Rongu_vallavalitsus, lk 9
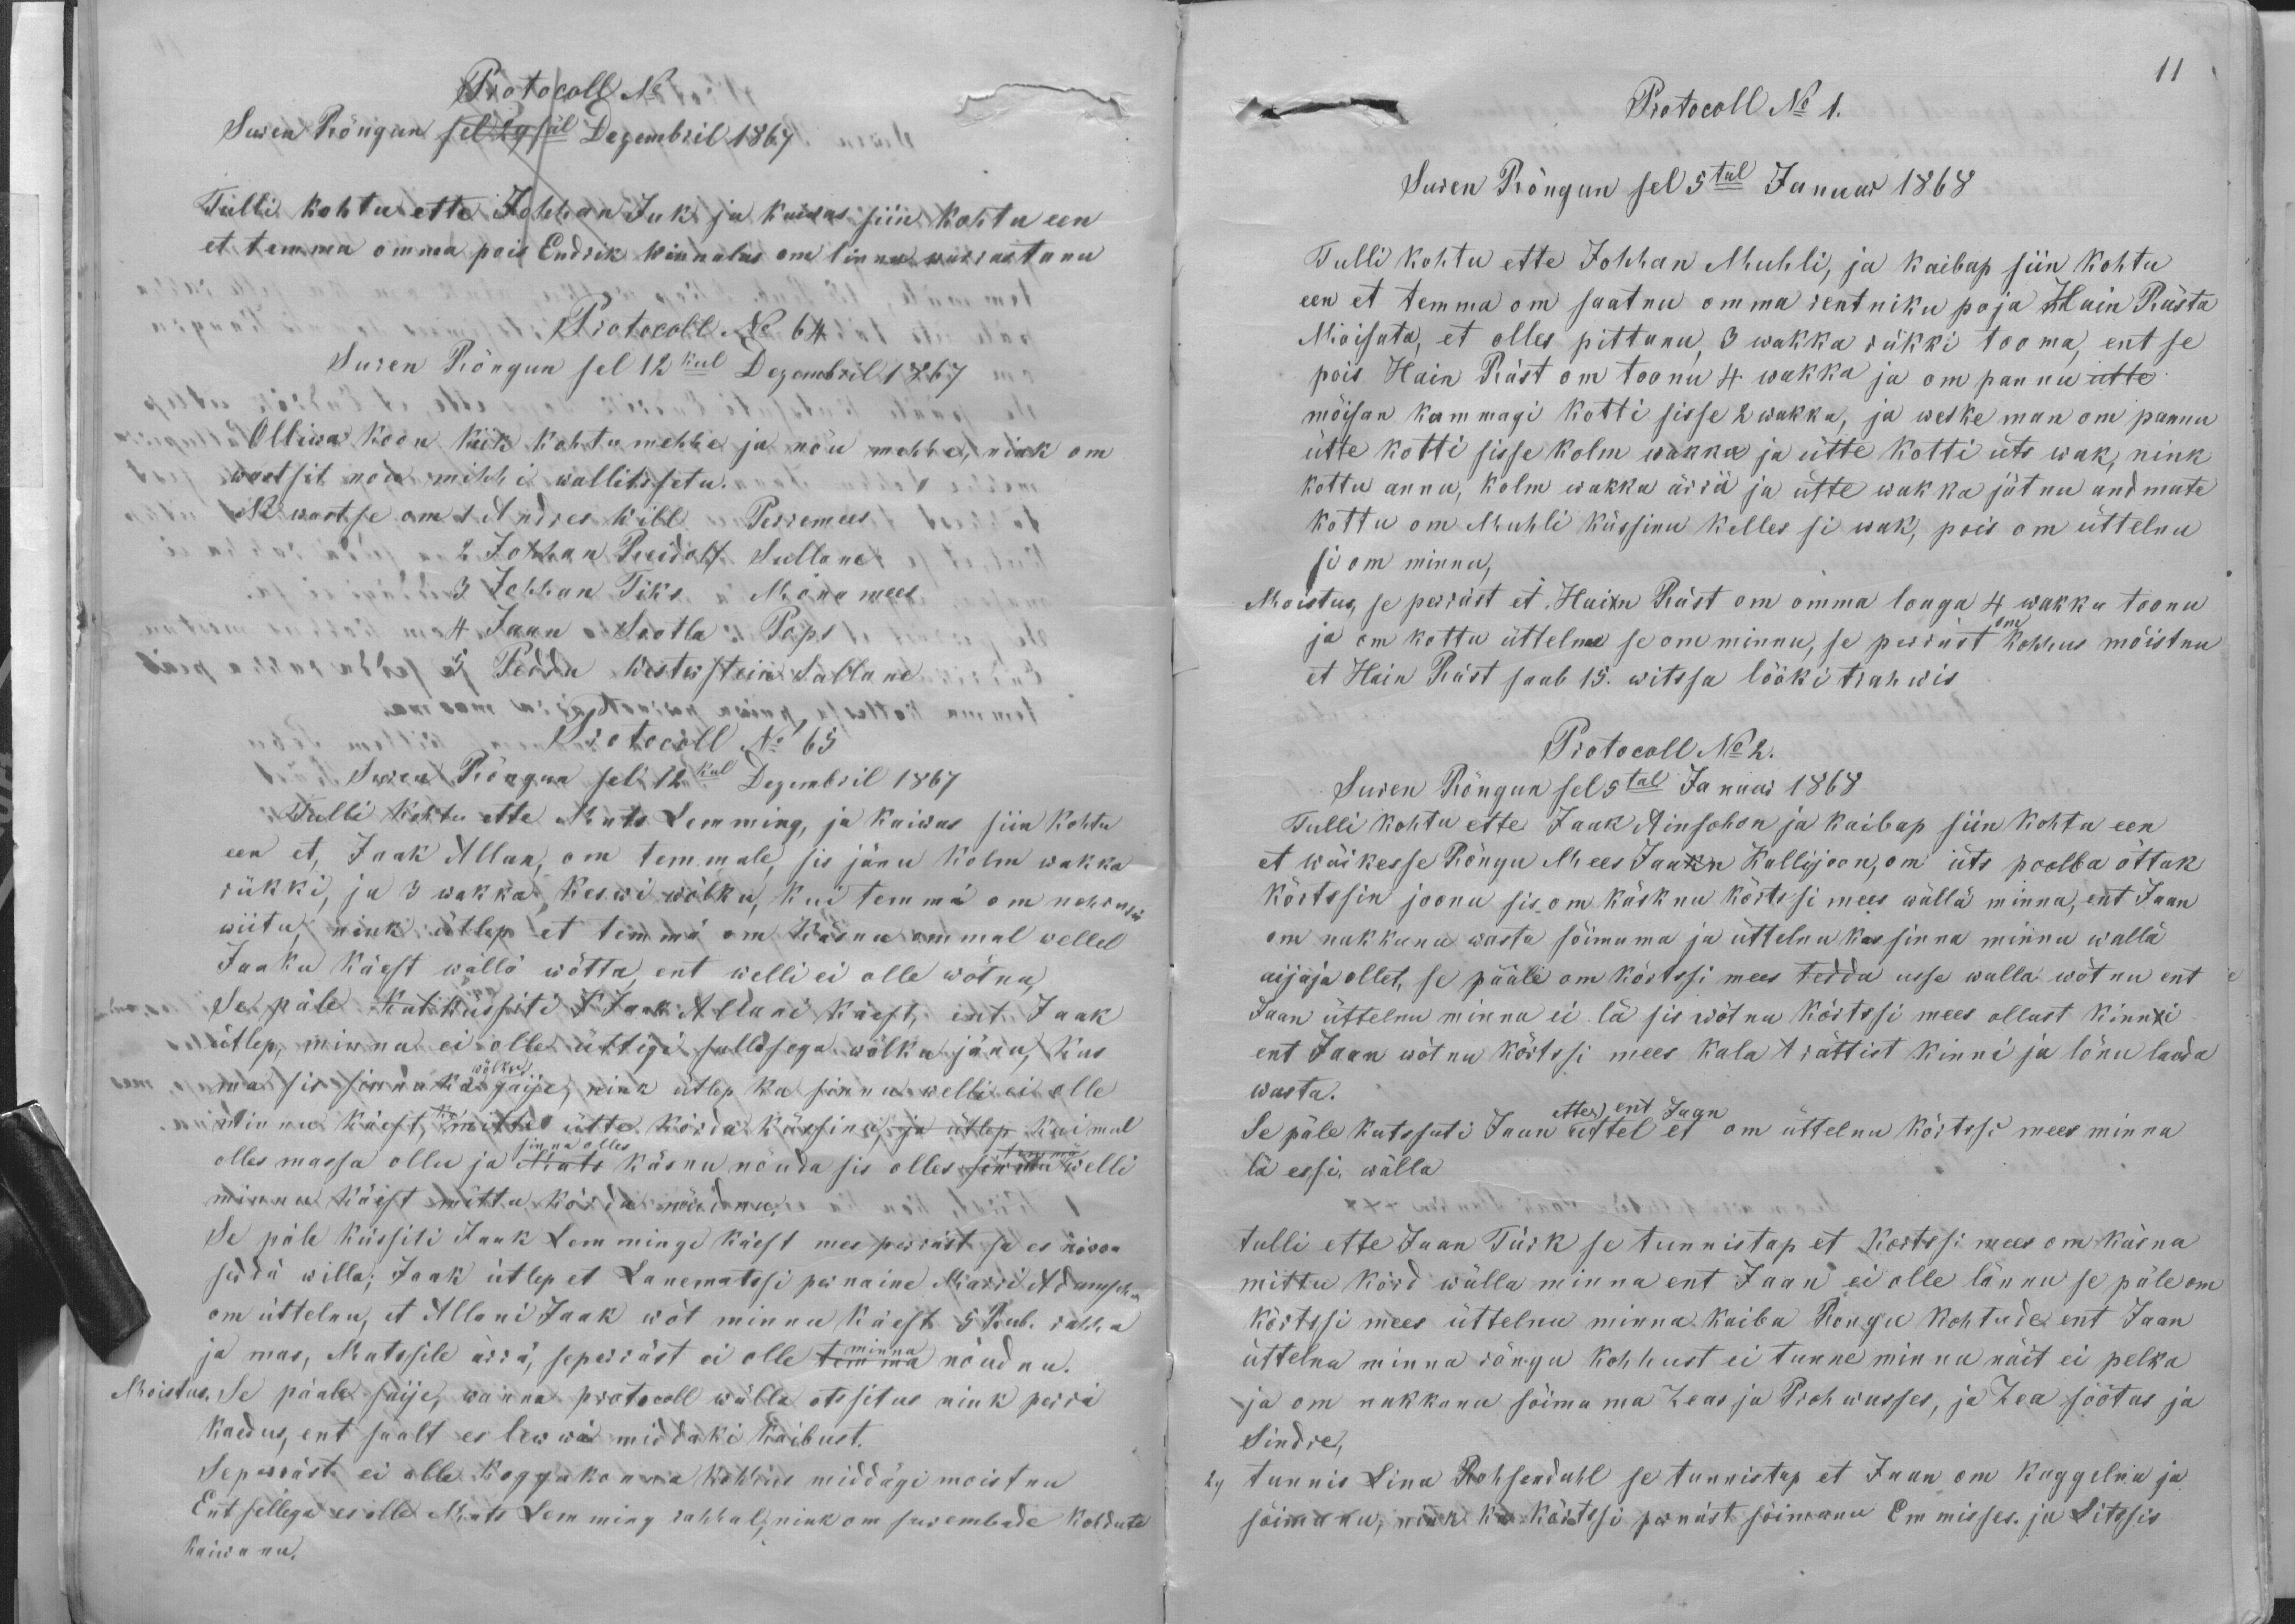
Protocoll No
Suren Rõngun sel 29säl Dezembril 1867
Tulli kohtu ette Johhan Juk ja kaiwas siin kohtu een
et temma omma pois Endrik Winnalas om linnu warrastanu
Protocoll No 64
Suren Rõngun sel 12kul Dezembril 1867
Olliwa koon kiik kohtumehhe ja nõu mehhe, ning om
wastsit nõu mihhi wallitssetu.
Ni wastse om 1 Andres Will Perremees
2 Johhan Reidolf Sullane
3 Johhan Tiks Mona mees
4 Jaan Sootla Pops
5 Peddu Westerstein Sullane
Protocoll No 65
Suren Rõngun sel 12kul Dezembril 1867
Tulli kohtu ette Mats Lemming, ja kaiwas siin kohtu
een et, Jaak Allan, om temmale, sis jänu kolm wakka
rükki, ja 3 wakka keswi wõlku, kui temmä om nekrutis
wiitu, nink ütlep et temmä om käsnu ommal wellel
Jaaku käest wällä wõtta, ent welli ei olle wõtnu,
Se päle kut küssiti K Jaak  Allani käest, ent Jaak
ütlep, minna ei olle üttigi sullasega wõlku jänu, kus
ma sis sinnuka wõlku jäije, nink ütlep ka sinnu welli ei olle
minnu käest, ka mitte ütte kõrda küssinu, ja ütlep kui mul
sinna olles
temmä
olles massa ollu ja ja Mats käsnu nõuda sis olles sõnudu welli
minnu käest mittu kõrda nõudnu.
Se päle küssiti Jaak Lemmingu käest mes perräst se es nõwwa
sedda willa; Jaak ütlep et Lanematssi pernaine Marri Adamsohn
om üttelnu, et Allani Jaak wõt minnu käest 5 Rub. rahha
minna
ja mas, Matssile ärrä, seperräst ei olle temma nõudnu.
Moistus. Se päale saije, wanna protokoll wälla otssitus nink perra
kaedus, ent saalt ei lewwä middaki kaibust.
Sepärrast ei olle koggokonna kohhus middägi moistnu
Ent sellega ei olle Mats Lemming rahhul, nink om surembade kohdute
kaiwanu.

11
Protocoll No 1.
Suren Rõngun sel 5tal Januar 1868
Tulli kohtu ette Johhan Muhli, ja kaibap siin kohtu
een et temma om saatnu omma rentniku poja Hain Rästa
Mõisata, et olles pittanu 3 wakka rükki tooma, ent se
pois Hain Räst om toonu 4 wakka ja om pannu ütte
mõisan kummagi kotti sisse 2 wakka, ja veske man om pannu
ütte kotti sisse kolm wakka ja ütte kotti üts wak, nink
kottu annu, kolm wakka ärrä ja ütte wakka jätnu andmate
kottu om Muhli küssinu kelles si wak, pois om üttelnu
si om minnu,
Moistus, se perräst et Hain Räst om omma loaga 4 wakka toonu
ja om kottu üttelnu se om minnu, se perrast om kohhus mõistnu
et Hain Räst saab 15. witssa lööki trahwis
Protocoll No 2.
Suren Rõngun sel 5tal Januar 1868
Tulli kohtu ette Jaak Ainsohon ja kaibap siin kohtu een
et wäikesse Rõngu Mees Jaakn Kallijoon, om üts poolba õttak
kõrtssin joonu sis om käsknu kõrtssi mees wällä minna, ent Jaan
on nakkanu wasta sõimama ja üttelnu kas sinna minnu wallä
aijaja ollet, se pääle om kõrtssi mees tedda usse walla wõtnu ent
Jaan üttelnu minna ei lä sis wõtnu kõrtssi mees ollast kinnti
ent Jaan wõtnu kõrtssi mees kala t rättist kinni ja lönu lauda
wasta.
ette ent Jaan
Se päle kutssuti Jaan uttel et om üttelnu kõrtssi mees minna
lä essi wälla
tulli ette Jaan Türk se tunnistap et kortssi mees om käsnu
mittu kõrd wälla minna ent Jaan ei olle lännu se päle on
kõrtsi mees üttelnu minna kaiba Rongu kohtude ent Jaan
üttelnu minna rõngu kohhust ei tunne minna näit ei pelka
ja om nakkanu sõimama Zeas ja Prohwusses, ja Zea söötas ja
Sindre.
2.) tunnis Lina Rohsendahl se tunnistap et Jaan om kaggelnu ja
sõimanu, nink ka kõrtssi pernäst sõimanu Emmisses. ja Litssis